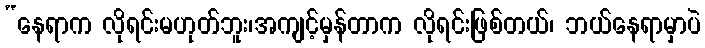
“နေရာက လိုရင်းမဟုတ်ဘူး၊အကျင့်မှန်တာက လိုရင်းဖြစ်တယ်၊ ဘယ်နေရာမှာပဲ